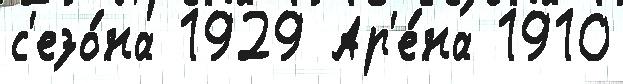
с'езо́на 1929 Ар'е́на 1910